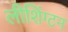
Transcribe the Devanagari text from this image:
लीशिंग्टन